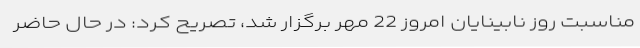
مناسبت روز نابینایان امروز 22 مهر برگزار شد، تصریح کرد: در حال حاضر